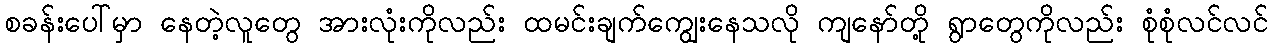
စခန်းပေါ်မှာ နေတဲ့လူတွေ အားလုံးကိုလည်း ထမင်းချက်ကျွေးနေသလို ကျနော်တို့ ရွာတွေကိုလည်း စုံစုံလင်လင်